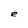
Character: e